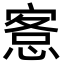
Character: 愙